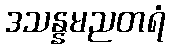
ဒသန္နမညတရံ